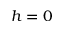
h = 0